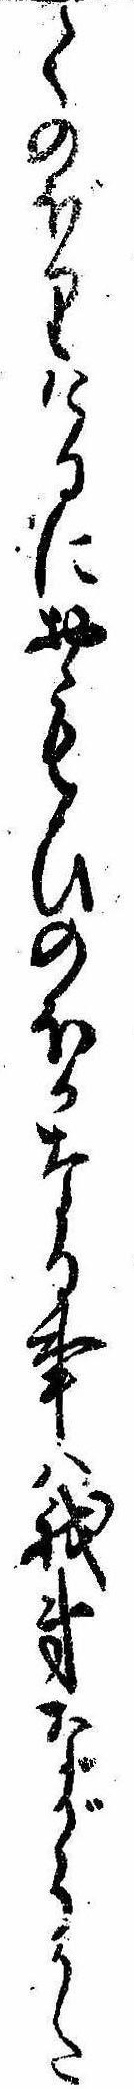
てのぼりけるにおもひのほかなる事は我弟ながらかた